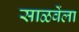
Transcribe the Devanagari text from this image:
साळवेंला